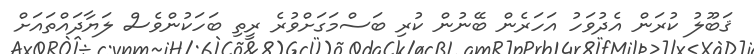
ޤަބޫލު ކުރަން އެދުވަހު އަހަރެން ބޭނުން ކުރި ބަސްމަގަށްވުރެ ރީތި ބަހަކުންވެސް ލަޔާދައްތައަށް